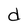
Character: d